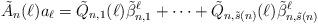
LaTeX: \begin{align*}\tilde{A}_n(\ell)a_{\ell}=\tilde{Q}_{n,1}(\ell)\tilde{\beta}_{n,1}^{\ell}+\cdots+\tilde{Q}_{n,\tilde{s}(n)}(\ell)\tilde{\beta}_{n,\tilde{s}(n)}^{\ell}\end{align*}